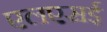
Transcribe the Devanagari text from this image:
एलएसई